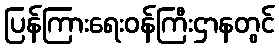
ပြန်ကြားရေးဝန်ကြီးဌာနတွင်